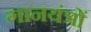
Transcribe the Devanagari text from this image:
गानयंत्रों